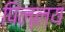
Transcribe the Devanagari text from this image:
पिल्लय